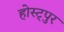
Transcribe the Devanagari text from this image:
होस्ट्पुर